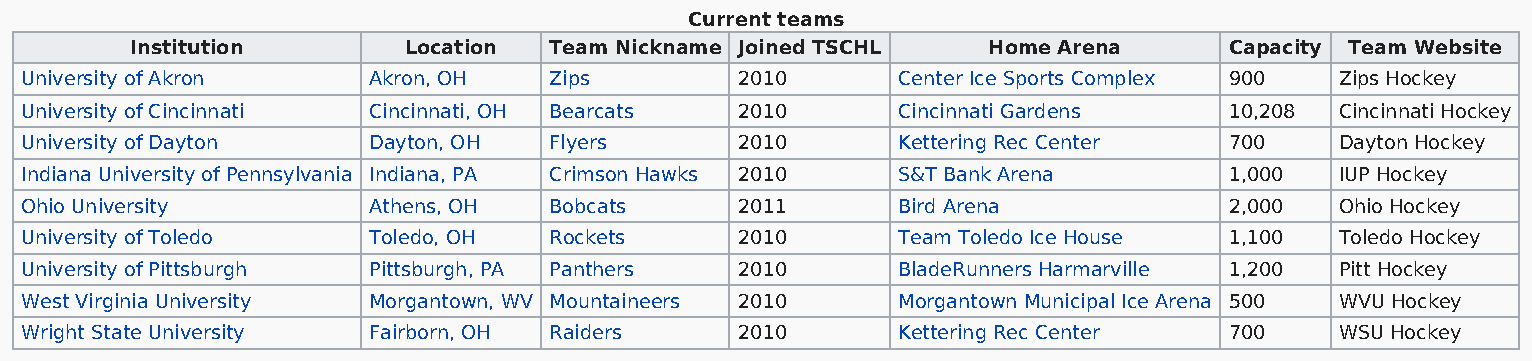
Current teams
 Institution       Location Team Nickname Joined TSCHL   Home Arena      Capacity Team Website
 University of Akron    Akron, OH   Zips         2010      Center Ice Sports Complex 900 Zips Hockey
 University of Cincinnati Cincinnati, OH Bearcats 2010     Cincinnati Gardens    10,208  Cincinnati Hockey
 University of Dayton   Dayton, OH  Flyers       2010      Kettering Rec Center  700     Dayton Hockey
 Indiana University of Pennsylvania Indiana, PA Crimson Hawks 2010 S&T Bank Arena 1,000  IUP Hockey
 Ohio University        Athens, OH  Bobcats      2011      Bird Arena            2,000   Ohio Hockey
 University of Toledo   Toledo, OH  Rockets      2010      Team Toledo Ice House 1,100   Toledo Hockey
 University of Pittsburgh Pittsburgh, PA Panthers 2010     BladeRunners Harmarville 1,200 Pitt Hockey
 West Virginia University Morgantown, WV Mountaineers 2010 Morgantown Municipal Ice Arena 500 WVU Hockey
 Wright State University Fairborn, OH Raiders    2010      Kettering Rec Center  700     WSU Hockey